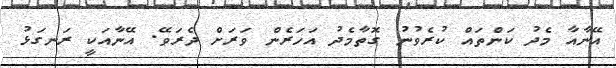
އޭނާއާ މެދު ކަންތައް ކުރެވުނު ގޮތާމެދު އަހަރެން ވަރަށް ދެރަވޭ. އޭނާއަކީ ރަނގަޅު